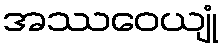
အဿဝေယျုံ